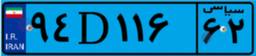
۹۴D۱۱۶۶۲